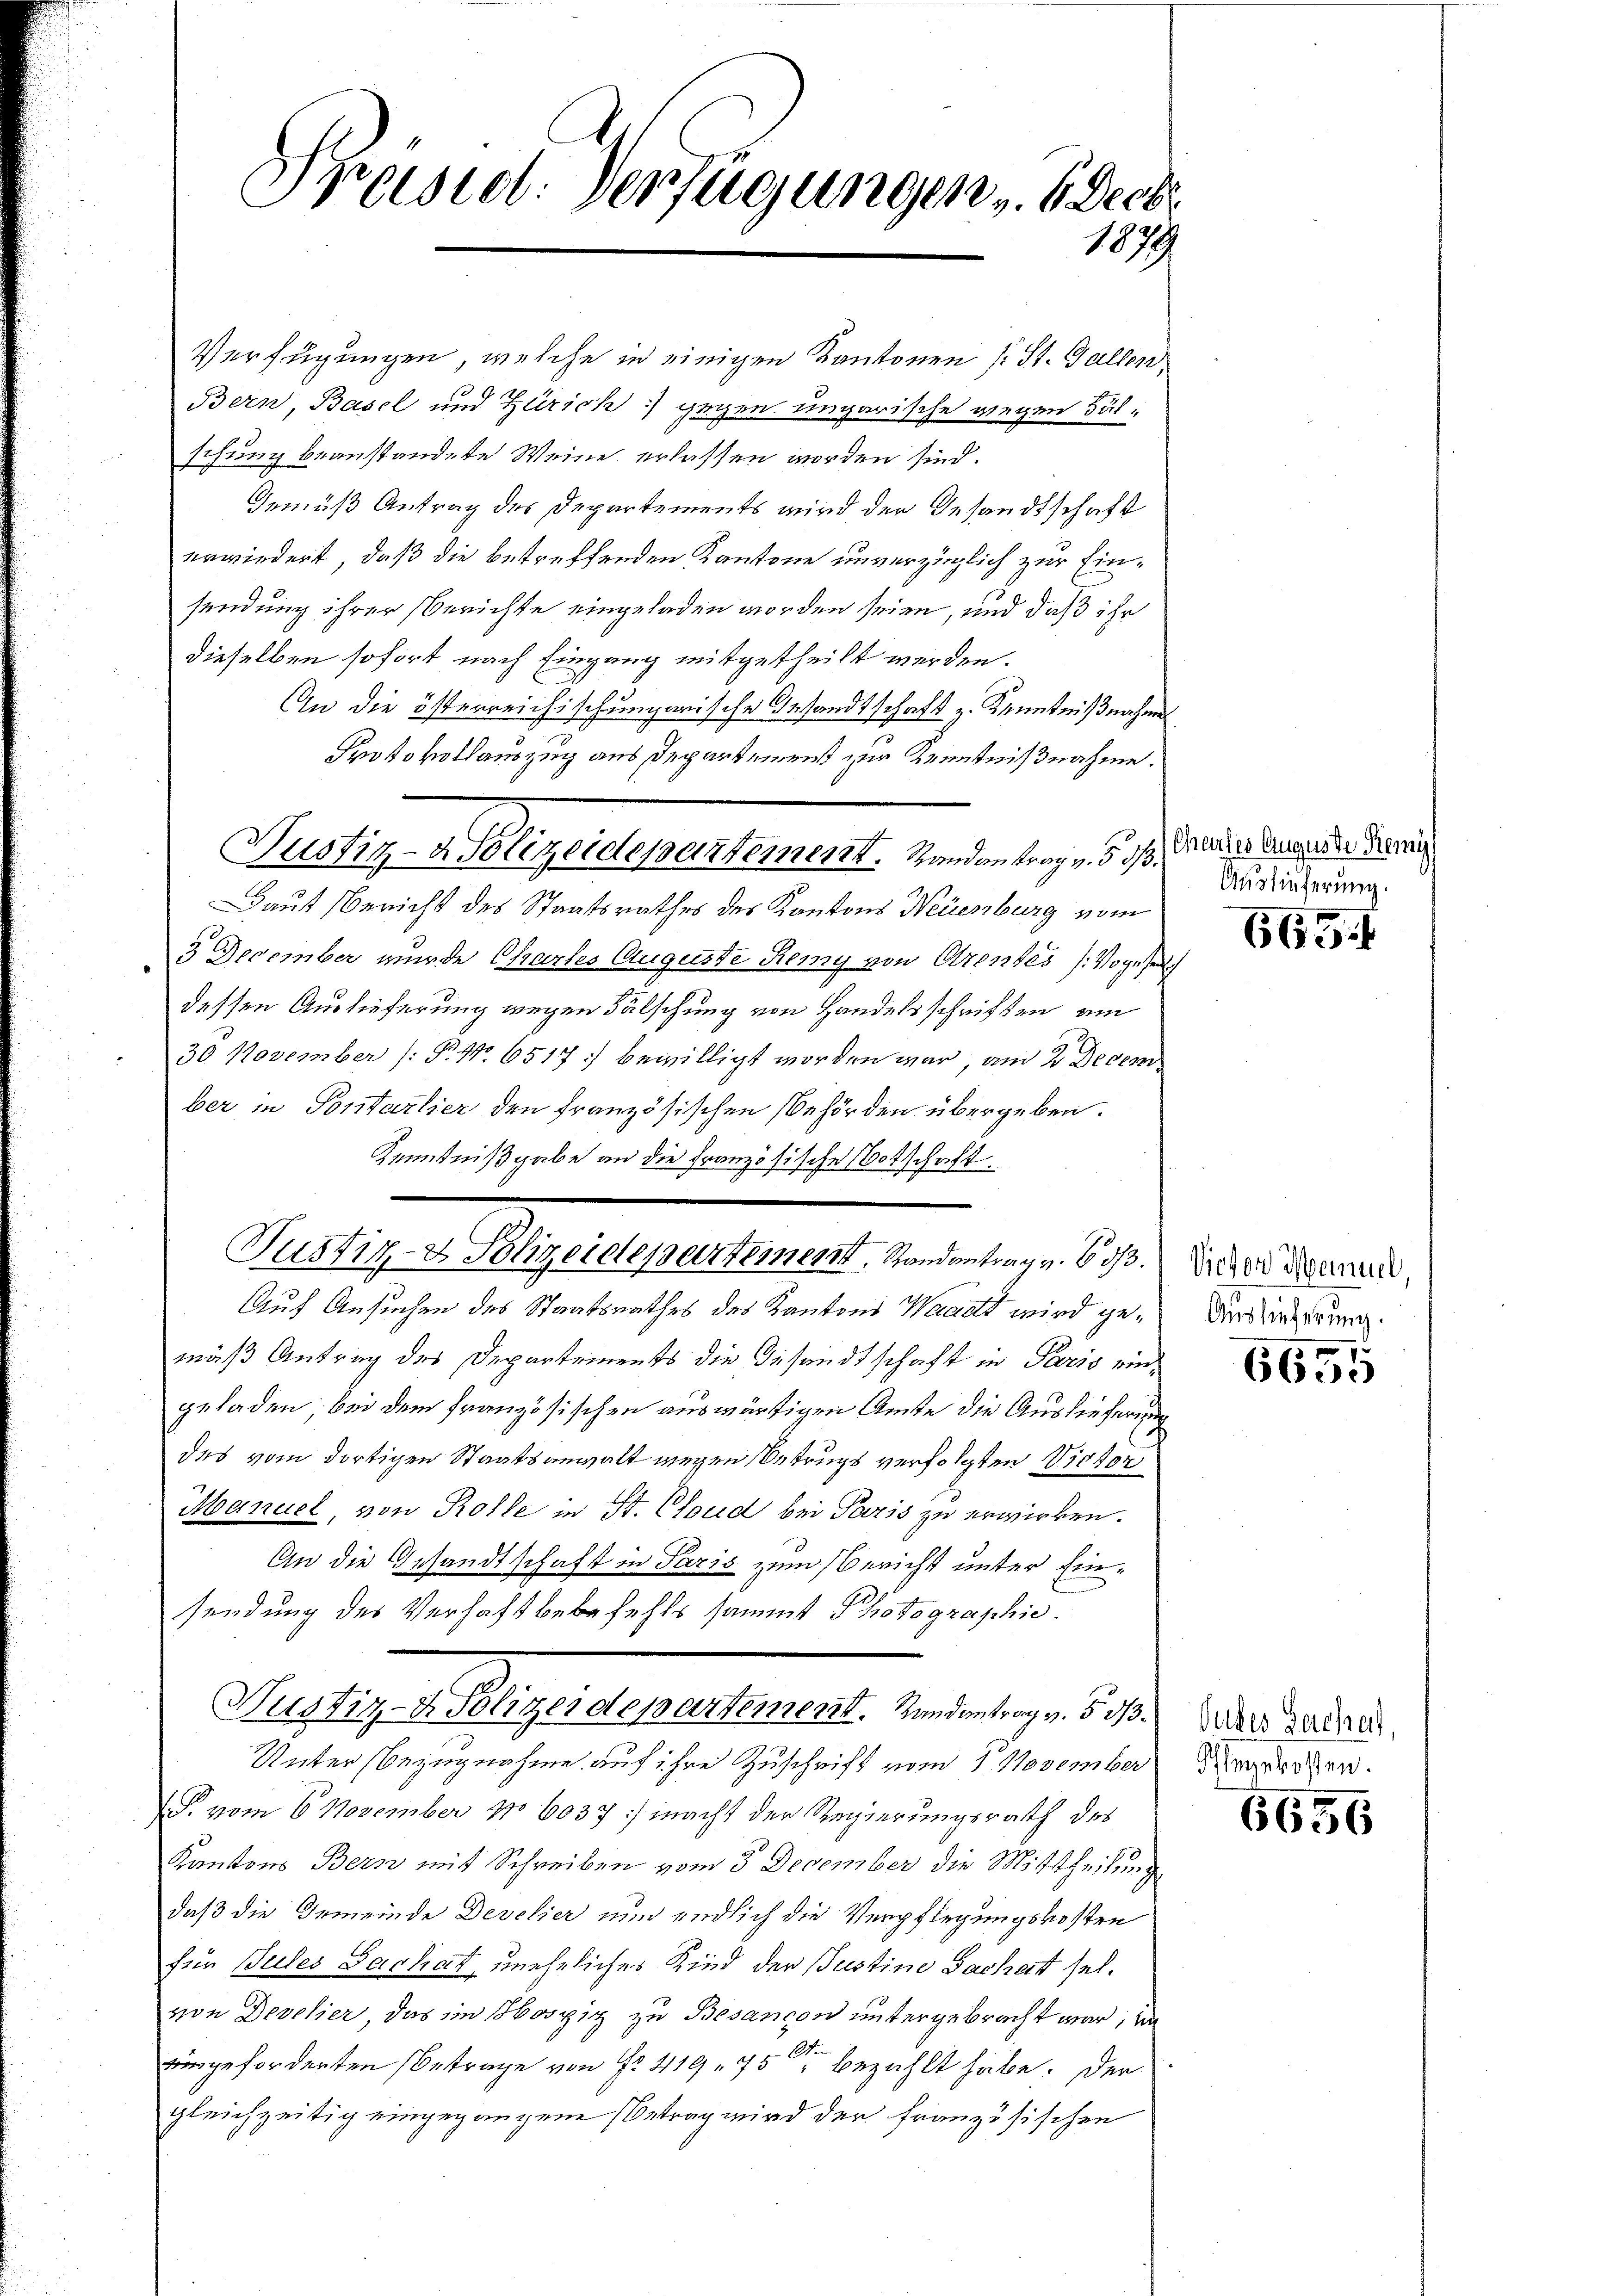
Prisul-Verfügungen Beredi
1079.

Verfügungen, welche in einigen Kantonen (: St. Gallen,
Bern, Basel und Zürich) gegen ungarische wiegen Fälschung beanstandete Weine erlassen worden sind.
Gemäß Antrag des Departements wird der Gesandtschaft
erwiedert, daß die betreffenden Kantone unverzüglich zur Einsendung ihrer Berichte eingeladen worden seien, und daß ihr
dieselben sofort nach Eingang mitgetheilt werden.
An die österreichischungarische Gesandtschaft z. Kenntnißnahmen
Protokollauszug aus Departement zur Kenntnißnahme.
Daut Bericht des Staatsrathes des Kantons Neuenburg vom
3 December wurde Chartes Auguste Remy von Arentes (Vogese
dessen Auslieferung wegen Fälschung von Handelsschriften am
30 November (: P. No 6517; bewilligt worden war, am 2. Decem
ber in Pontarlier den französischen Behörden übergeben.
Kenntnißgabe an die Französische Notschaft.
Auf Ansuchen des Staatsrathes des Kantons Waadt wird gemäß Antrag des Departements die Gesandtschaft in Paris eingeladen, bei dem französischen auswärtigen Amte die Auslieferung
des vom dortigen Staatsanwalt wegen Betrugs verfolgten Victor
Manuel, von Rolle in St. Cloud bei Paris zu erwirken.
An die Gesandtschaft in Paris zum Bericht unter Einsendung des Verhaft bebefehls sammt Photographie.
Pauses Magisternehmen v. 1819.
Unter Bezugnahme auf ihre Zuschrift vom 1. November
. vom 6. November No 6037] macht der Regierungsrath des
Kantons Bern mit Schreiben vom 3. December die Mittheilung
daß die Gemeinde Develier nun endlich die Verpflegungskosten
für Suses Sachat, uneheliches Kind der Justine Sachat selvon Devolier, das im Hospitz zu Besançon untergebracht war, da
eingeforderten Betrage von Nr. 419. 75 bezahlt habe. Der
gleichzeitig eingegangene Betrag wird der französischen

Nustiz- & Polizeidepartement. Handentrage, d. 10. d. d. d. das neue Verein

Justiz- & Polizeidepartement, Randantrag v. 633.

Auslieferung.

665.

Victor Meinuel,
Auslieferung.

6655

Subes Sachert,
Angekosten.

6656